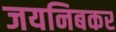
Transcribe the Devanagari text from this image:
जयनिबकर